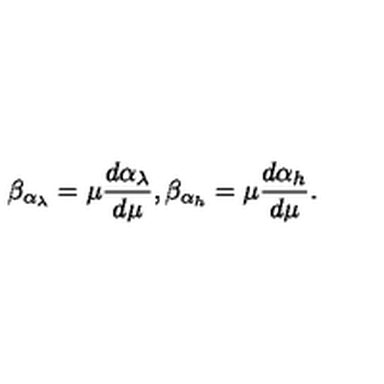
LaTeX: \beta _ { \alpha _ { \lambda } } = \mu \frac { d \alpha _ { \lambda } } { d \mu } , \beta _ { \alpha _ { h } } = \mu \frac { d \alpha _ { h } } { d \mu } .